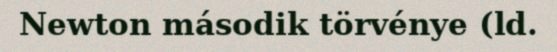
Newton második törvénye (ld.